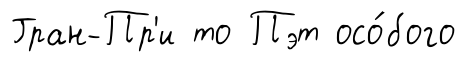
Гран-Пр'и то Пэт осо́бого